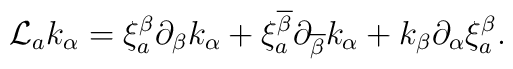
{\cal L}_a k_\alpha=\xi^{\beta}_{a}\partial_{\beta}k_{\alpha}+\xi^{\overline{\beta}}_{a}\partial_{\overline{\beta}}k_{\alpha}+k_{\beta}\partial_{\alpha}\xi^{\beta}_{a}  .